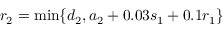
r _ { 2 } = \operatorname* { m i n } \{ d _ { 2 } , a _ { 2 } + 0 . 0 3 s _ { 1 } + 0 . 1 r _ { 1 } \}